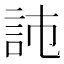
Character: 𧦏